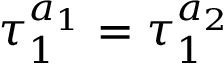
\tau _ { 1 } ^ { a _ { 1 } } = \tau _ { 1 } ^ { a _ { 2 } }